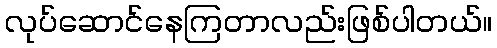
လုပ်ဆောင်နေကြတာလည်းဖြစ်ပါတယ်။